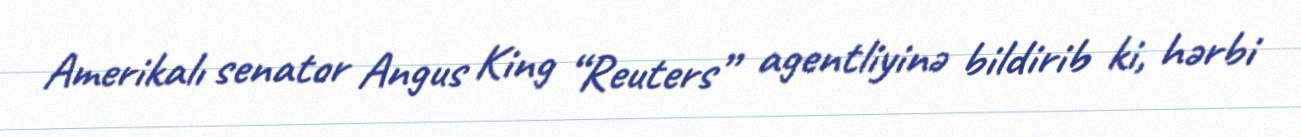
Amerikalı senator Angus King “Reuters” agentliyinə bildirib ki, hərbi